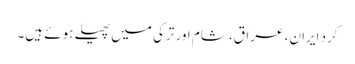
کرد ایران، عراق، شام اور ترکی میں پھیلے ہوئے ہیں۔